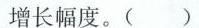
(3(1)2016~2018年，中国农村居民出境游人数的增长幅度明显高于城镇居民出境游人数的增长幅度，0”后和”80”后比较有条件走出国门石世界)中国民众出境游选择”生活体验慢慢慢”多是”90”后和”0材料三中，三幅图代表了中国民众出境游的三种主要类型。请结合材料二、三，预测在接下来的五年中，这三种类型中哪一种预测在中国民众出境游的主要趋势，并简述你的理(3分